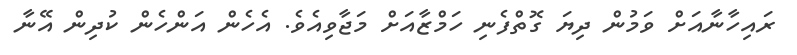
ރައިހާނާއަށް ވަމުން ދިޔަ ގޮތްފެނި ހަމްޒާއަށް މަޖާާވިއެވެ. އެހެން އަންހެން ކުދިން އޭނާ